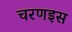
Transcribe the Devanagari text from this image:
चरणइस